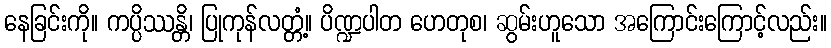
နေခြင်းကို။ ကပ္ပိဿန္တိ၊ ပြုကုန်လတ္တံ့။ ပိဏ္ဍပါတ ဟေတုစ၊ ဆွမ်းဟူသော အကြောင်းကြောင့်လည်း။